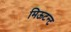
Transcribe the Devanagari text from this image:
मिऊटन्ट